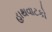
હાથવાટકો